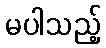
မပါသည့်